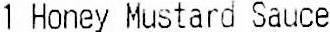
1 HONEY MUSTARD SAUCE